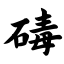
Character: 碡